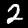
Digit: 2